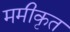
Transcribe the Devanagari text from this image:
ममीकृत